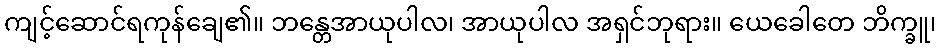
ကျင့်ဆောင်ရကုန်ချေ၏။ ဘန္တေအာယုပါလ၊ အာယုပါလ အရှင်ဘုရား။ ယေခေါတေ ဘိက္ခူ၊